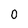
Character: 0